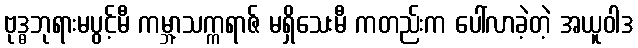
ဗုဒ္ဓဘုရားမပွင့်မီ ကမ္ဘာ့သက္ကရာဇ် မရှိသေးမီ ကတည်းက ပေါ်လာခဲ့တဲ့ အယူဝါဒ